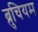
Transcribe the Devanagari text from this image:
ब्रुचियम